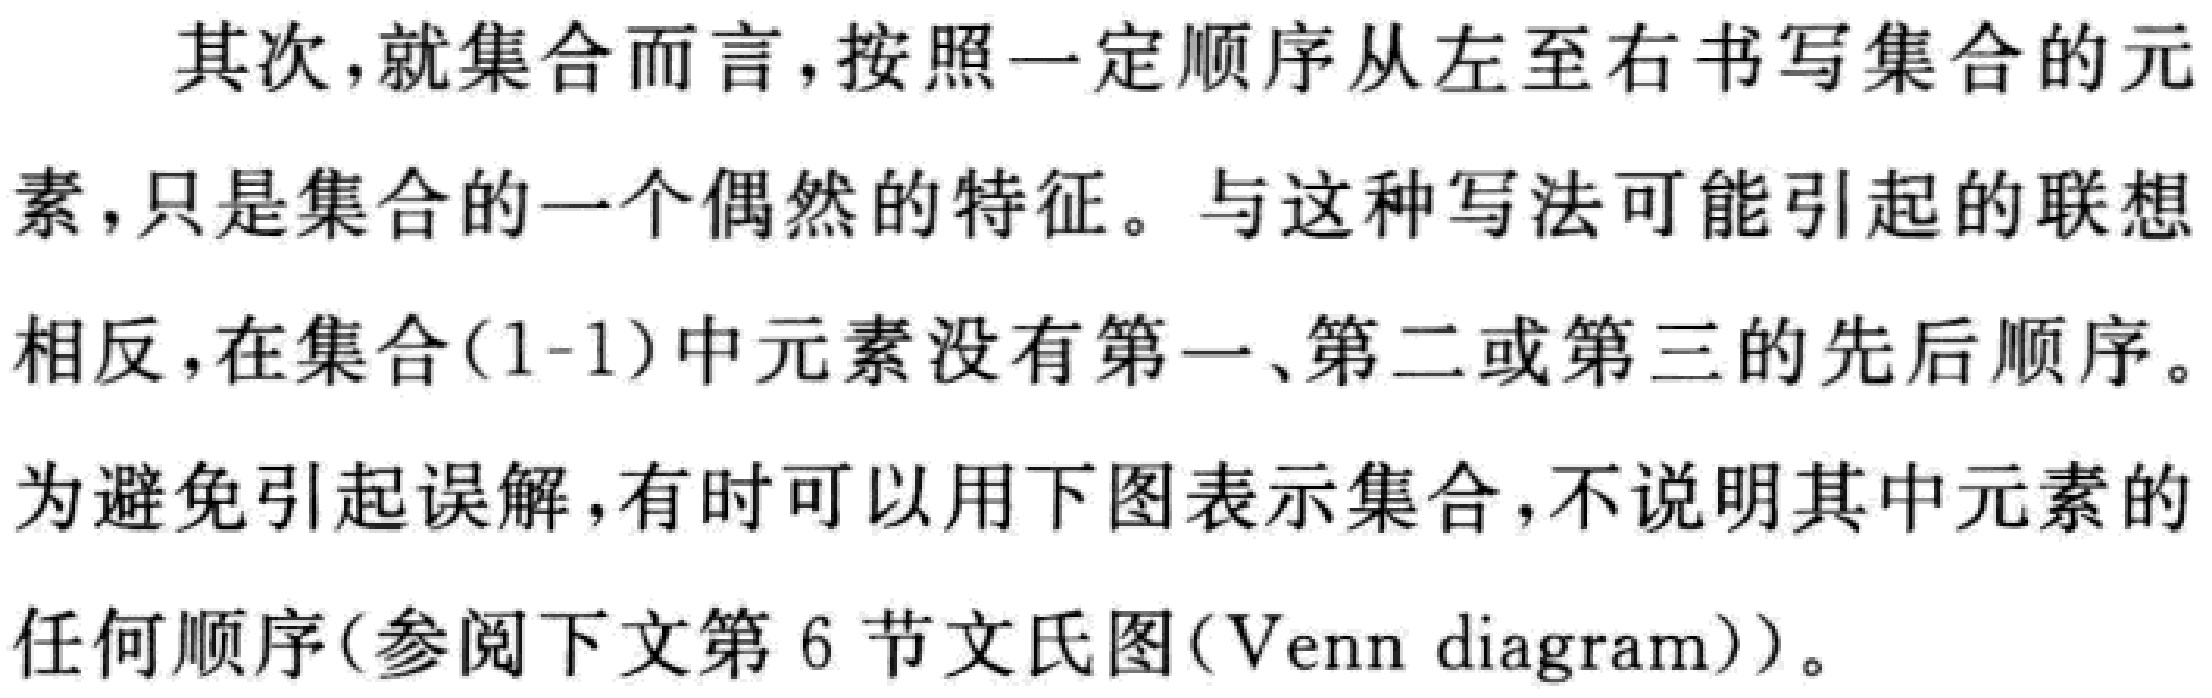
其次，就集合而言，按照一定顺序从左至右书写集合的元

素，只是集合的一个偶然的特征。与这种写法可能引起的联想

相反，在集合(1-1)中元素没有第一、第二或第三的先后顺序。

为避免引起误解，有时可以用下图表示集合，不说明其中元素的

任何顺序(参阅下文第6节文氏图(Venn diagram))。